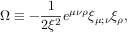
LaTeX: \Omega \equiv - \frac { 1 } { 2 \xi ^ { 2 } } e ^ { \mu \nu \rho } \xi _ { \mu ; \nu } \xi _ { \rho } ,